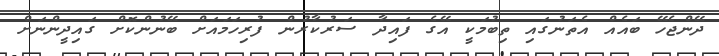
ދޭންޖެހޭ ބައެއް އެތަނުގައި ތިބުމަކީ އޭގެ ފައިދާ ސަރުކާރުން ފުރިހަމައަށް ބޭނުންކޮށް ގައިދީންނަށް